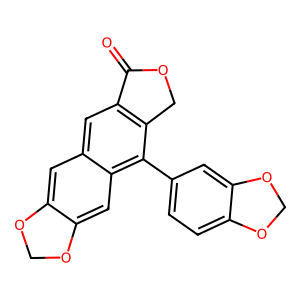
SMILES: O=C1OCc2c1cc1cc3c(cc1c2-c1ccc2c(c1)OCO2)OCO3
Inhibits HIV replication: No